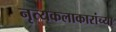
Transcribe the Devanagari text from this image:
नृत्यकलाकारांच्या